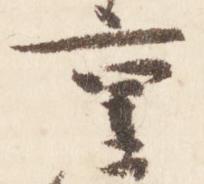
重